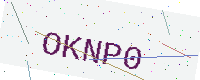
Text: OKNP0